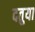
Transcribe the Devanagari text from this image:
दतुया